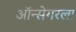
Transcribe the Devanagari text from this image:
ऑन्सेगरला